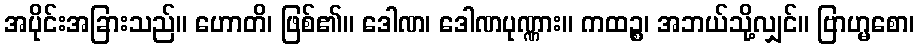
အပိုင်းအခြားသည်။ ဟောတိ၊ ဖြစ်၏။ ဒေါဏ၊ ဒေါဏပုဏ္ဏား။ ကထဉ္စ၊ အဘယ်သို့လျှင်။ ဗြာဟ္မစော၊